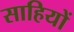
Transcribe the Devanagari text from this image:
साहियों